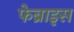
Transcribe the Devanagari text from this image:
फेब्राइस